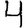
Digit: 4